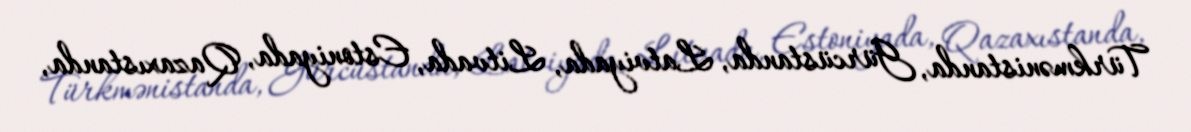
Türkmənistanda, Gürcüstanda, Latviyada, Litvada, Estoniyada, Qazaxıstanda,